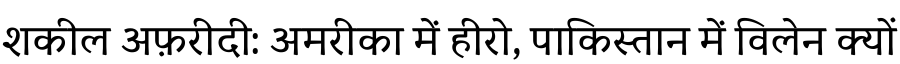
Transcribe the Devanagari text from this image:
शकील अफ़रीदी: अमरीका में हीरो, पाकिस्तान में विलेन क्यों